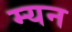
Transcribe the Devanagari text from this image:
म्यन